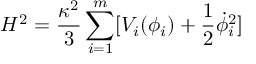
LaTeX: H ^ { 2 } = \frac { \kappa ^ { 2 } } { 3 } \sum _ { i = 1 } ^ { m } [ V _ { i } ( \phi _ { i } ) + \frac { 1 } { 2 } \dot { \phi } _ { i } ^ { 2 } ]